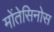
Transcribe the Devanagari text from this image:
मोंतेसिनोस